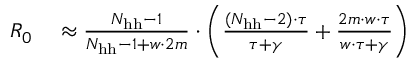
\begin{array} { r l } { R _ { 0 } } & { { } \approx \frac { N _ { \mathrm { h h } } - 1 } { N _ { \mathrm { h h } } - 1 + w \cdot 2 m } \cdot \bigg ( \frac { ( N _ { \mathrm { h h } } - 2 ) \cdot \tau } { \tau + \gamma } + \frac { 2 m \cdot w \cdot \tau } { w \cdot \tau + \gamma } \bigg ) } \end{array}